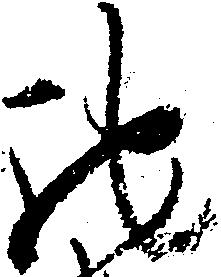
馳